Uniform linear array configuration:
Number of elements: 24
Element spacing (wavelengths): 0.75
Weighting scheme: hamming
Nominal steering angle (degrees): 30
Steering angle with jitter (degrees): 30.279
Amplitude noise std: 0.05
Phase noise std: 0.05

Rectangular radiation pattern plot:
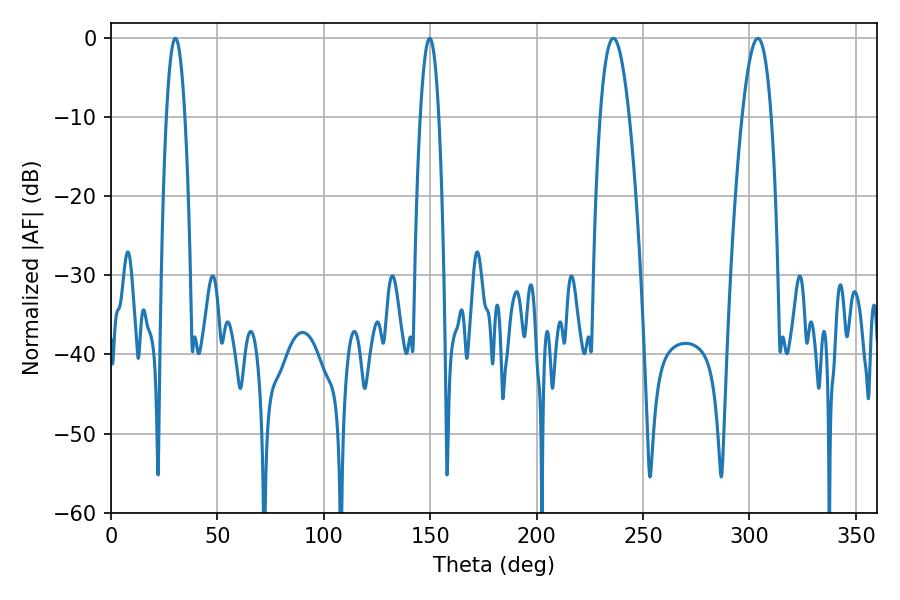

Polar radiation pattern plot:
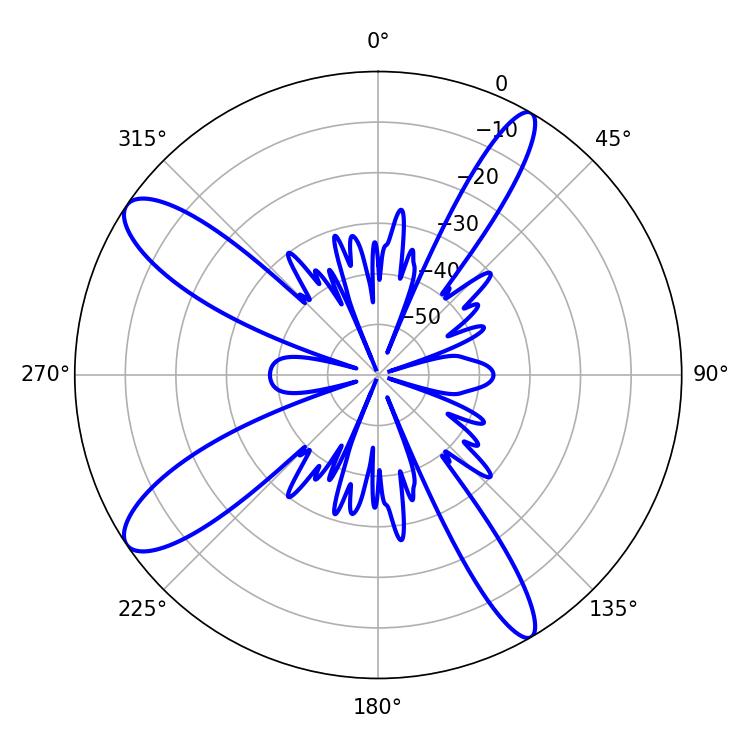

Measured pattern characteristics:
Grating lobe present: TRUE
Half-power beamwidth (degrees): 4.68
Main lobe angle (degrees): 149.76